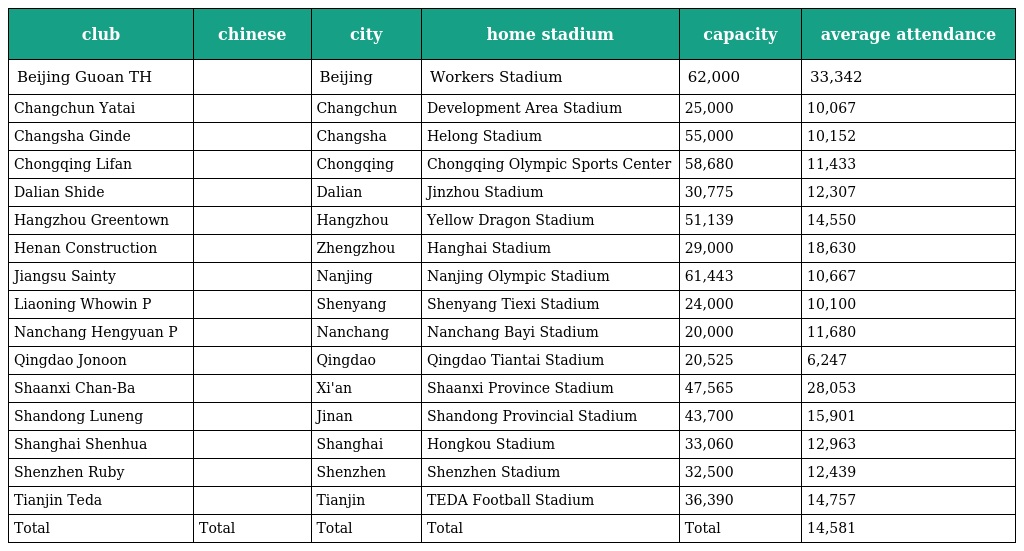
| club | chinese | city | home stadium | capacity | average attendance |
 | --- | --- | --- | --- | --- | --- |
 | Beijing Guoan TH | 北京国安 | Beijing | Workers Stadium | 62,000 | 33,342 |
 | Changchun Yatai | 长春亚泰 | Changchun | Development Area Stadium | 25,000 | 10,067 |
 | Changsha Ginde | 长沙金德 | Changsha | Helong Stadium | 55,000 | 10,152 |
 | Chongqing Lifan | 重庆力帆 | Chongqing | Chongqing Olympic Sports Center | 58,680 | 11,433 |
 | Dalian Shide | 大连实德 | Dalian | Jinzhou Stadium | 30,775 | 12,307 |
 | Hangzhou Greentown | 杭州绿城 | Hangzhou | Yellow Dragon Stadium | 51,139 | 14,550 |
 | Henan Construction | 河南建业 | Zhengzhou | Hanghai Stadium | 29,000 | 18,630 |
 | Jiangsu Sainty | 江苏舜天 | Nanjing | Nanjing Olympic Stadium | 61,443 | 10,667 |
 | Liaoning Whowin P | 辽宁宏运 | Shenyang | Shenyang Tiexi Stadium | 24,000 | 10,100 |
 | Nanchang Hengyuan P | 南昌衡源 | Nanchang | Nanchang Bayi Stadium | 20,000 | 11,680 |
 | Qingdao Jonoon | 青岛中能 | Qingdao | Qingdao Tiantai Stadium | 20,525 | 6,247 |
 | Shaanxi Chan-Ba | 陕西浐灞 | Xi'an | Shaanxi Province Stadium | 47,565 | 28,053 |
 | Shandong Luneng | 山东鲁能 | Jinan | Shandong Provincial Stadium | 43,700 | 15,901 |
 | Shanghai Shenhua | 上海申花 | Shanghai | Hongkou Stadium | 33,060 | 12,963 |
 | Shenzhen Ruby | 深圳红钻 | Shenzhen | Shenzhen Stadium | 32,500 | 12,439 |
 | Tianjin Teda | 天津泰达 | Tianjin | TEDA Football Stadium | 36,390 | 14,757 |
 | Total | Total | Total | Total | Total | 14,581 |